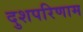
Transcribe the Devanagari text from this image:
दुशपरिणाम